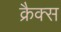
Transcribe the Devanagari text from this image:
क्रैक्स